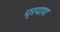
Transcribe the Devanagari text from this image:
प्रयाय